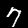
Digit: 7